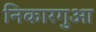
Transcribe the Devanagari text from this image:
निकारगुआ